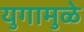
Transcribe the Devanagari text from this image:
युगामुळे